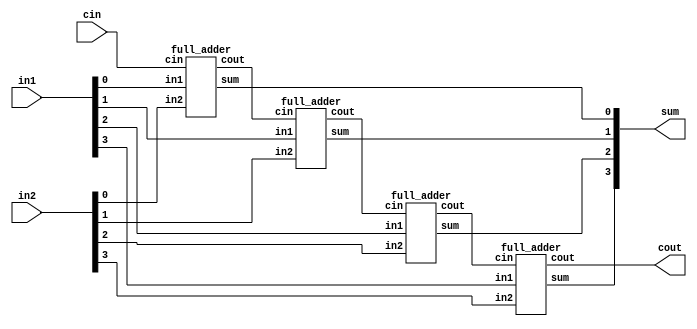
/*
 * Description: Contains all Ripple Carry Adders for different sizes
 *
 */
/////////////////////////////////////////////////////////////////////////////
////
//// Module Name: Ripple Carry Adder (4-bits)
//// Function: Implements an 4-bit Ripple Carry Adder
////
///////////////////////////////////////////////////////////////////////////////
module ripple_carry_adder_4(output wire [3:0] sum,
                      output wire cout,
                      input wire [3:0] in1, in2,
                      input wire cin);
    wire c1, c2, c3;
    full_adder FA1(sum[0], c1, in1[0], in2[0], cin);
    full_adder FA2(sum[1], c2, in1[1], in2[1], c1);
    full_adder FA3(sum[2], c3, in1[2], in2[2], c2);
    full_adder FA4(sum[3], cout, in1[3], in2[3], c3);
endmodule

module half_adder(output wire sum,
                  output wire cout,
                  input wire in1,
                  input wire in2);
    xor(sum, in1, in2);
    and(cout, in1, in2);
endmodule

module full_adder(output wire sum,
                  output wire cout,
                  input wire in1,
                  input wire in2,
                  input wire cin);
    wire temp1;
    wire temp2;
    wire temp3;
    xor(sum, in1, in2, cin);
    and(temp1,in1,in2);
    and(temp2,in1,cin);
    and(temp3,in2,cin);
    or(cout,temp1,temp2,temp3);
endmodule